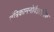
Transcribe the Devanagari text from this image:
तंत्रिकामनोवैज्ञानिक